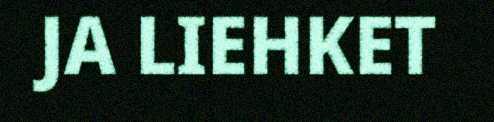
JA LIEHKET